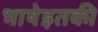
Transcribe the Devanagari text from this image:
भाषेइतकी